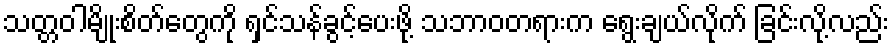
သတ္တဝါမျိုးစိတ်တွေကို ရှင်သန်ခွင့်ပေးဖို့ သဘာဝတရားက ရွေးချယ်လိုက် ခြင်းလို့လည်း